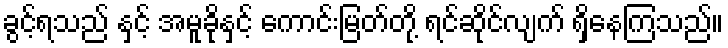
ခွင့်ရသည် နှင့် အမူခိုနှင့် ကောင်းမြတ်တို့ ရင်ဆိုင်လျက် ရှိနေကြသည်။